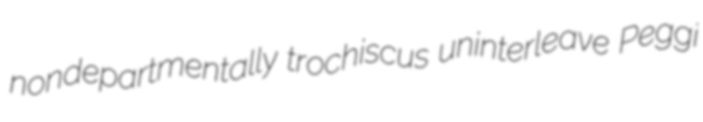
nondepartmentally trochiscus uninterleave Peggi